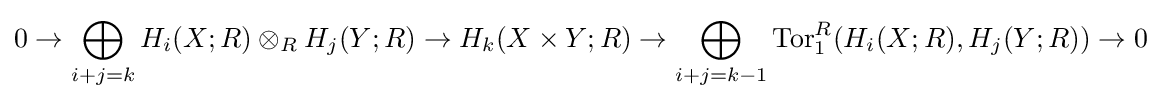
0\to \bigoplus _{i+j=k}H_{i}(X;R)\otimes _{R}H_{j}(Y;R)\to H_{k}(X\times Y;R)\to \bigoplus _{i+j=k-1}\mathrm {Tor} _{1}^{R}(H_{i}(X;R),H_{j}(Y;R))\to 0